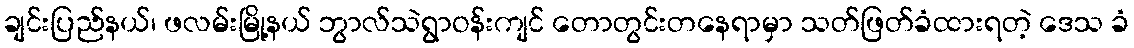
ချင်းပြည်နယ်၊ ဖလမ်းမြို့နယ် ဘွာလ်သဲရွာဝန်းကျင် တောတွင်းတနေရာမှာ သတ်ဖြတ်ခံထားရတဲ့ ဒေသ ခံ